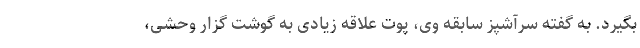
بگیرد. به گفته سرآشپز سابقه وی، پوت علاقه زیادی به گوشت گزار وحشی،